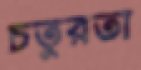
চতুরতা